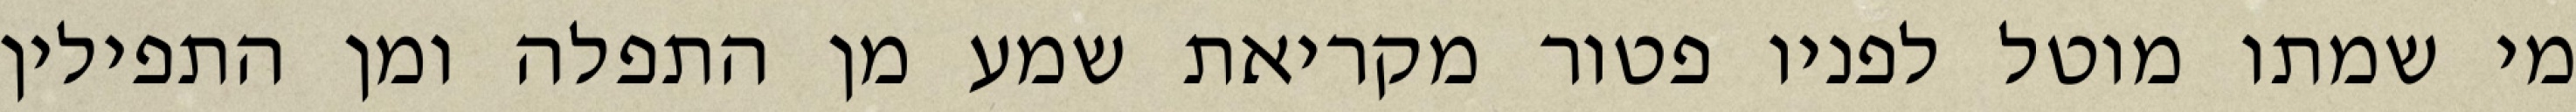
מי שמתו מוטל לפניו פטור מקריאת שמע מן התפלה ומן התפילין